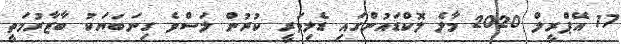
17 އޭޕްރީލް 2020 މާލެ ލޮކްޑައުންގައި ޑެލިވަރީ ކުރުން ލަސްވެ ގިނަބަޔަކު ބާޒާރުމަތީ